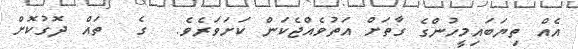
އެއް ތިޔަބައިމީހުންގެ ގާތަށް އަތުވެއްޖެކަން ކަށަވަރެވެ.  ގެ  ތައް ދޮގުކޮށް